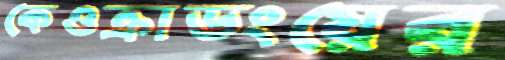
কেওক্রাডংয়ের